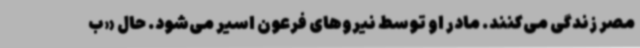
مصر زندگی می‌کنند. مادر او توسط نیروهای فرعون اسیر می‌شود. حال «ب